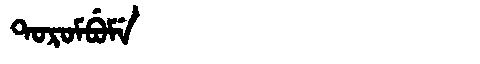
Manchu: ᡨᠣᡵᠣᠮᠪᡠᠮᡝ
Romanization: TOROMBUME